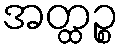
အတ္ထဉ္စ